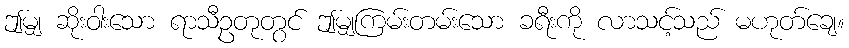
ဤမျှ ဆိုးဝါးသော ရာသီဥတုတွင် ဤမျှကြမ်းတမ်းသော ခရီးကို လာသင့်သည် မဟုတ်ချေ။